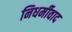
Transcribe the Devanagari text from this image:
निधर्मीवाद